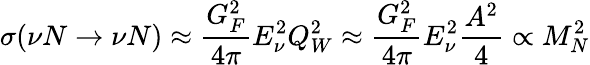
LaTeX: \sigma(\nu N\rightarrow\nu N)\approx\frac{G_{F}^{2}}{4\pi}E_{\nu}^{2}Q_{W}^{2}\approx\frac{G_{F}^{2}}{4\pi}E_{\nu}^{2}\frac{A^{2}}{4}\propto M_{N}^{2}